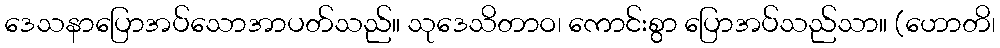
ဒေသနာပြောအပ်သောအာပတ်သည်။ သုဒေသိတာဝ၊ ကောင်းစွာ ပြောအပ်သည်သာ။ (ဟောတိ၊